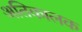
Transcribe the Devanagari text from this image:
अतिकालक